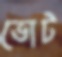
ভোট